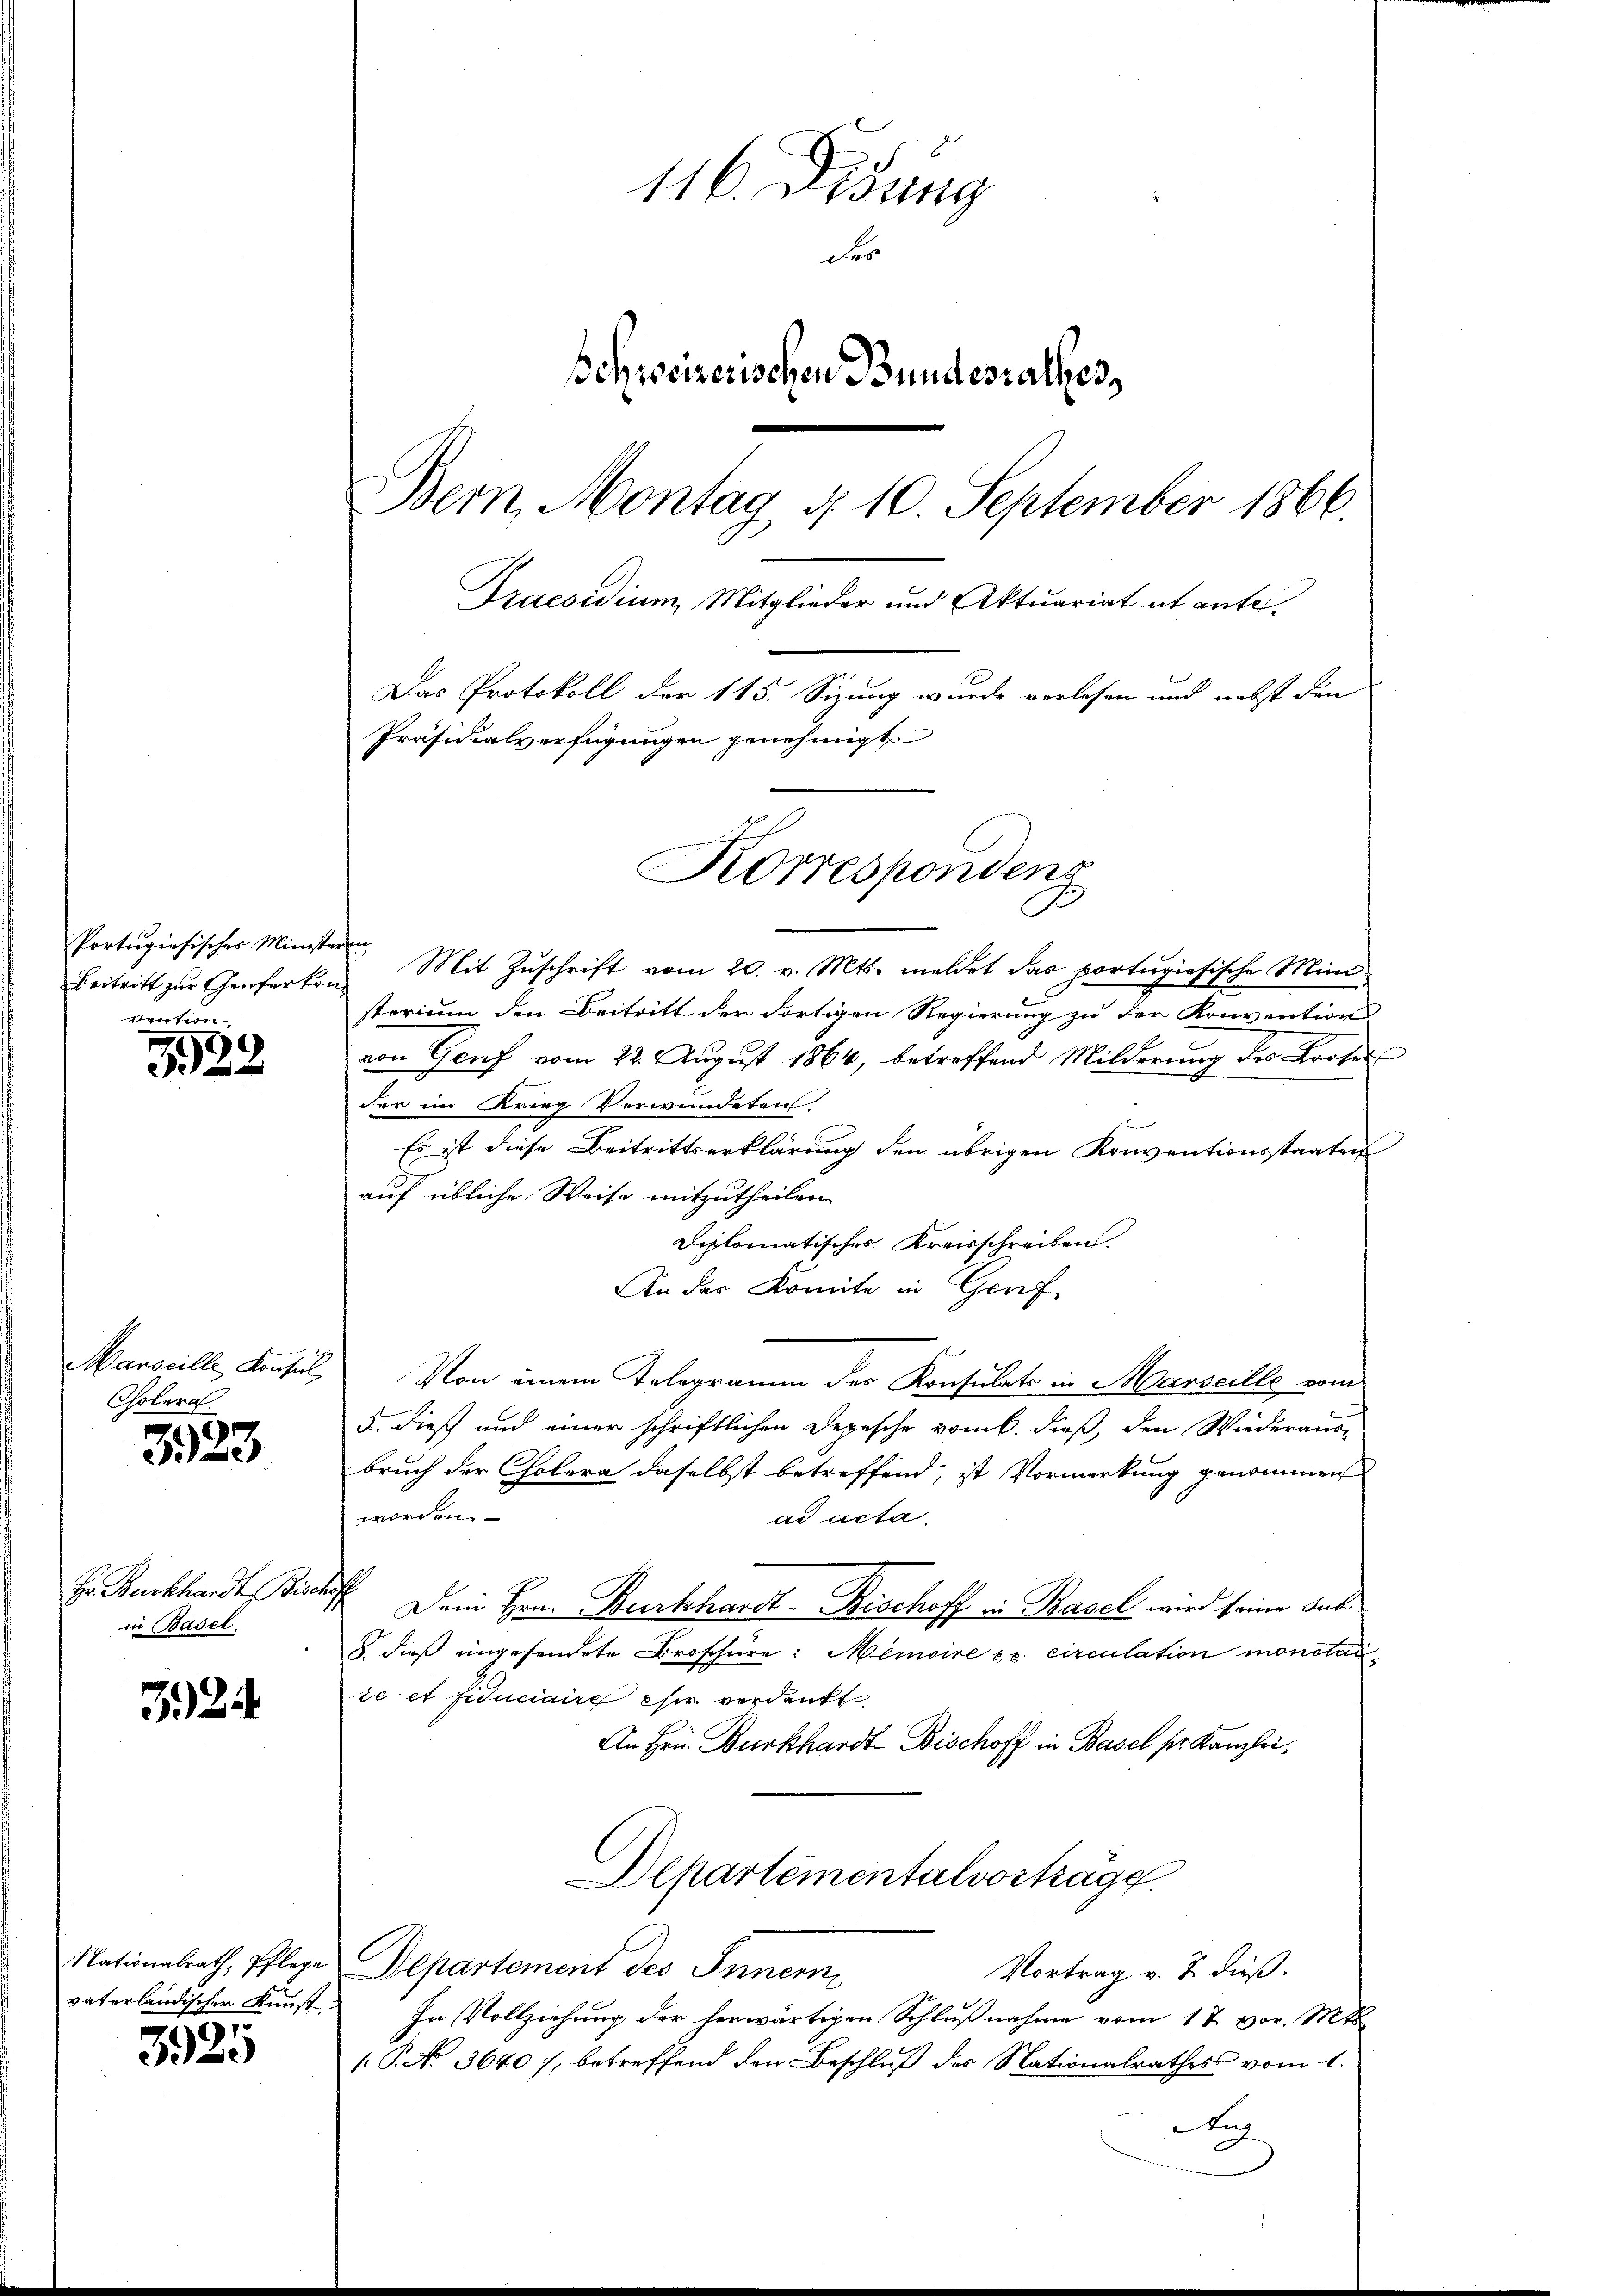
Portugiesisches Ministeren

3522

Cholera.

3323.

Hr. Burkhardt. Bisen
in Basel.

32

Nationalrath Pflege
vaterländischer Kunst

3925

116. Didung
des
Behweizerischen Bundesrathes,
Bern, Montag d. 10. September 1866.
Praesidium Mitglieder und Aktuariat ab ante¬
Das Protokoll der 115. Sizung wurde verlesen und nebst den
Präsidialverfügungen genehmigt

Beitritt zŭr Genferken Mit Zŭschrift vom 20. v. Mts. meldet das portugisische Mini-
sterium den Beitritt der dortigen Regierung zu der Konvention
von Genf vom 22. August 1864, betreffend Milderung des Profes
der im Krieg Verwundetens.
s
Es ist diese Beitrittserklärung den übrigen Konventionsstaaten
auf übliche Weise mitzutheilen.
Diplomatisches Kreisschreiben
An der Komite in Genf
Marscille Konsul, Von einem Telegramm des Konsulats in Marseille vom
5. dieß und einer schriftlichen Depesche vom 6. dieß, den Wiederaus-
bruch der Cholera daselbst betreffend, ist Vormerkung genommen
worden.
ad acta.
e
Dem Hrn. Burkhardt - Rischoff in Basel wird seine Aus
8. dieß eingesendete Broschüre: Memoire pr. circulation monotar
te et Fiduciaire eher verdankt.
An Hrn. Burkhardt-Bischoff in Basel pr. Kanzlei,
Departementalvorträge
Departement des Innern
Vortrag v. J. dieß.
In Vollziehung der herwärtigen Schlußnahme vom 1t vor. Mts.
/. P. No 3640), betreffend den Beschluß des Nationalrathes vom 1.
Auch

Korrespondeng